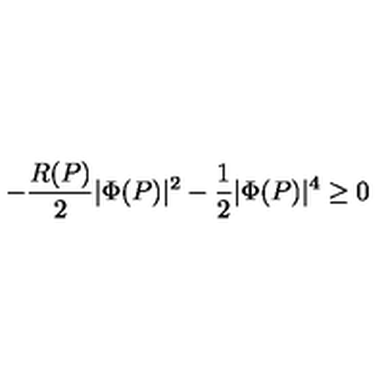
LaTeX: - \frac { R ( P ) } { 2 } | \Phi ( P ) | ^ { 2 } - \frac { 1 } { 2 } | \Phi ( P ) | ^ { 4 } \ge 0